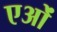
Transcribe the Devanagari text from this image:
एओं